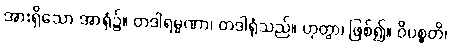
အားရှိသော အာရုံ၌။ တဒါရမ္မဏာ၊ တဒါရုံသည်။ ဟုတွာ၊ ဖြစ်၍။ ဝိပစ္စတိ၊